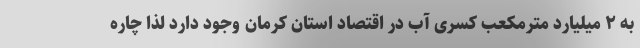
به ۲ میلیارد مترمکعب کسری آب در اقتصاد استان کرمان وجود دارد لذا چاره